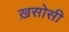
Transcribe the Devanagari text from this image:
ख़सोसी